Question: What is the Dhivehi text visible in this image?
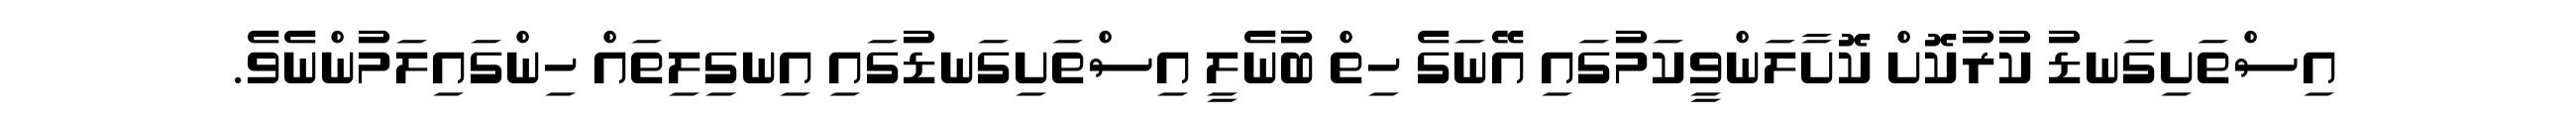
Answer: އިސްތަށިގަނޑު ކުރުކޮށް ކޮށާލަންވީކަމުގައި އޭނަގެ ހިތް ބުނެލީ އިސްތަށިގަނޑުގައި އިނގިލިތައް ހިންގައިލަމުންނެވެ.